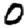
Digit: 0